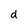
Character: d